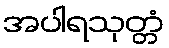
အပါရသုတ္တံ